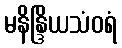
မနိန္ဒြိယသံဝရံ